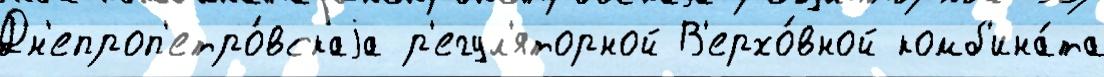
Дн'епроп'етро́вскаjа р'егул'яторной В'ерхо́вной комб'ина́та